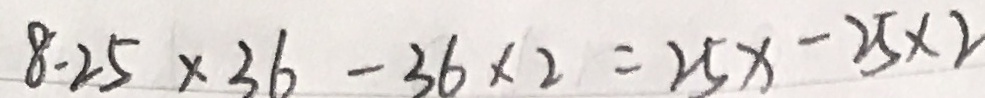
8 . 2 5 \times 3 6 - 3 6 \times 2 = 2 5 x - 2 5 \times 2